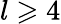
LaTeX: l\geqslant 4